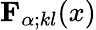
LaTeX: {\mathbf{F}}_{\alpha;kl}(x)